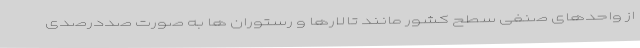
از واحدهای صنفی سطح کشور مانند تالارها و رستوران ها به صورت صددرصدی